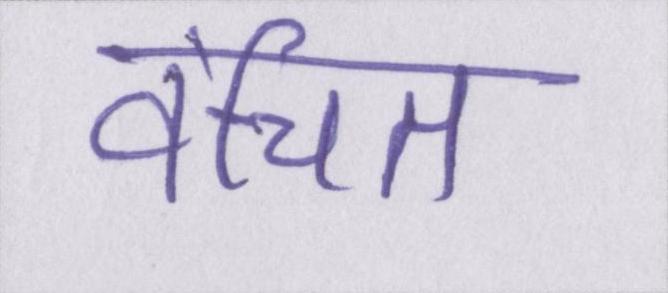
वंचित